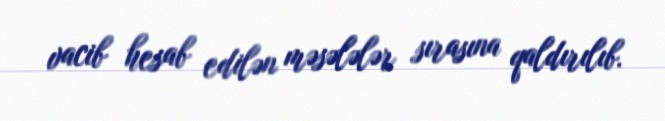
vacib hesab edilən məsələlər sırasına qaldırılıb.